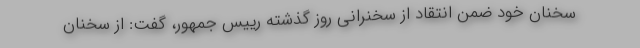
سخنان خود ضمن انتقاد از سخنرانی روز گذشته رییس جمهور، گفت: از سخنان